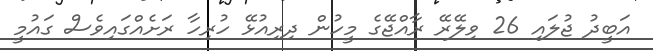
އަބީދު ޖުލައި 26 ވިލޭރޭ ރާއްޖޭގެ މީހުން ދިރިއުޅޭ ހުރިހާ ރަށެއްގައިވެސް ގައުމީ